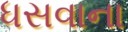
ધસવાના